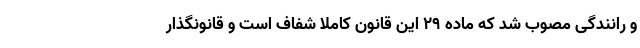
و رانندگی مصوب شد که ماده ۲۹ این قانون کاملاً شفاف است و قانونگذار